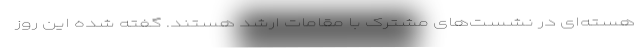
هسته‌ای در نشست‌های مشترک با مقامات ارشد هستند. گفته شده این روز